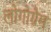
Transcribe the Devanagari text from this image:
लोगोग्रैम